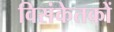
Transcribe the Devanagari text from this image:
विसंकेतकों